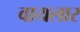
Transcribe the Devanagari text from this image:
वायलार